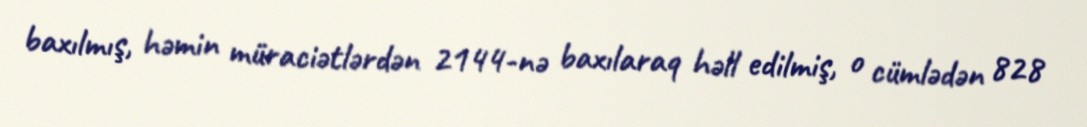
baxılmış, həmin müraciətlərdən 2144-nə baxılaraq həll edilmiş, o cümlədən 828